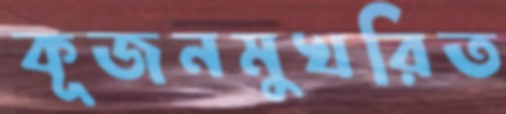
কূজনমুখরিত